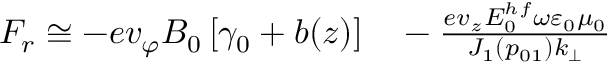
\begin{array} { r l } { F _ { r } \cong - e v _ { \varphi } B _ { 0 } \left[ \gamma _ { 0 } + b ( z ) \right] } & { { } - \frac { e v _ { z } E _ { 0 } ^ { h f } \omega \varepsilon _ { 0 } \mu _ { 0 } } { J _ { 1 } \left( p _ { 0 1 } \right) k _ { \perp } } } \end{array}